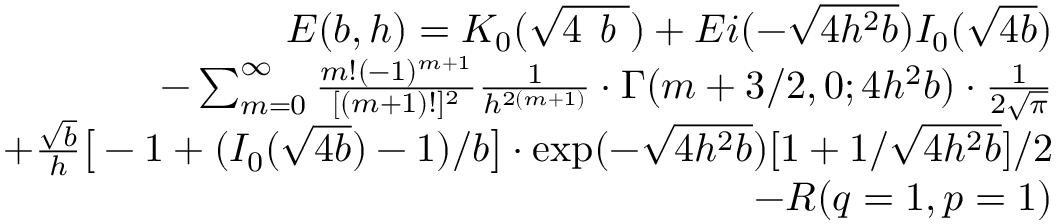
\begin{array} { r l r } & { } & { E ( b , h ) = K _ { 0 } ( \sqrt { 4 \emph { b } } ) + E i ( - \sqrt { 4 h ^ { 2 } b } ) I _ { 0 } ( \sqrt { 4 b } ) } \\ & { } & { - \sum _ { m = 0 } ^ { \infty } { \frac { m ! ( - 1 ) ^ { m + 1 } } { [ ( m + 1 ) ! ] ^ { 2 } } } { \frac { 1 } { h ^ { 2 ( m + 1 ) } } } \cdot \Gamma ( m + 3 / 2 , 0 ; 4 h ^ { 2 } b ) \cdot { \frac { 1 } { 2 \sqrt { \pi } } } } \\ & { } & { + { \frac { \sqrt { b } } { h } } \big [ - 1 + ( I _ { 0 } ( \sqrt { 4 b } ) - 1 ) / b \big ] \cdot \exp ( - \sqrt { 4 h ^ { 2 } b } ) [ 1 + 1 / \sqrt { 4 h ^ { 2 } b } ] / 2 } \\ & { } & { - R ( q = 1 , p = 1 ) } \end{array}